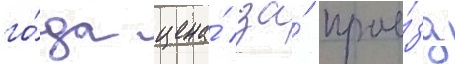
го́да цена́ за́ прое́зд